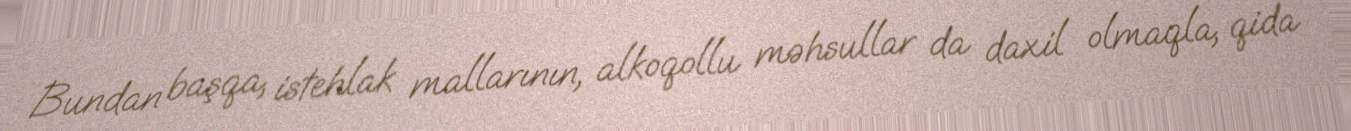
Bundan başqa, istehlak mallarının, alkoqollu məhsullar da daxil olmaqla, qida